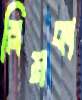
স্লিমকা